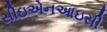
સીઇએનઆઇસી